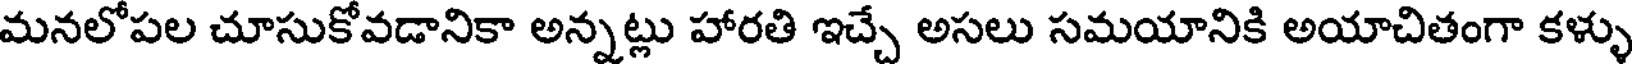
మనలోపల చూసుకోవడానికా అన్నట్లు హారతి ఇచ్చే అసలు సమయానికి అయాచితంగా కళ్ళు